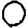
Digit: 0